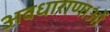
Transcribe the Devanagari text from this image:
अवधाराणाओं